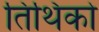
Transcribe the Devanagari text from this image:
तिथिको